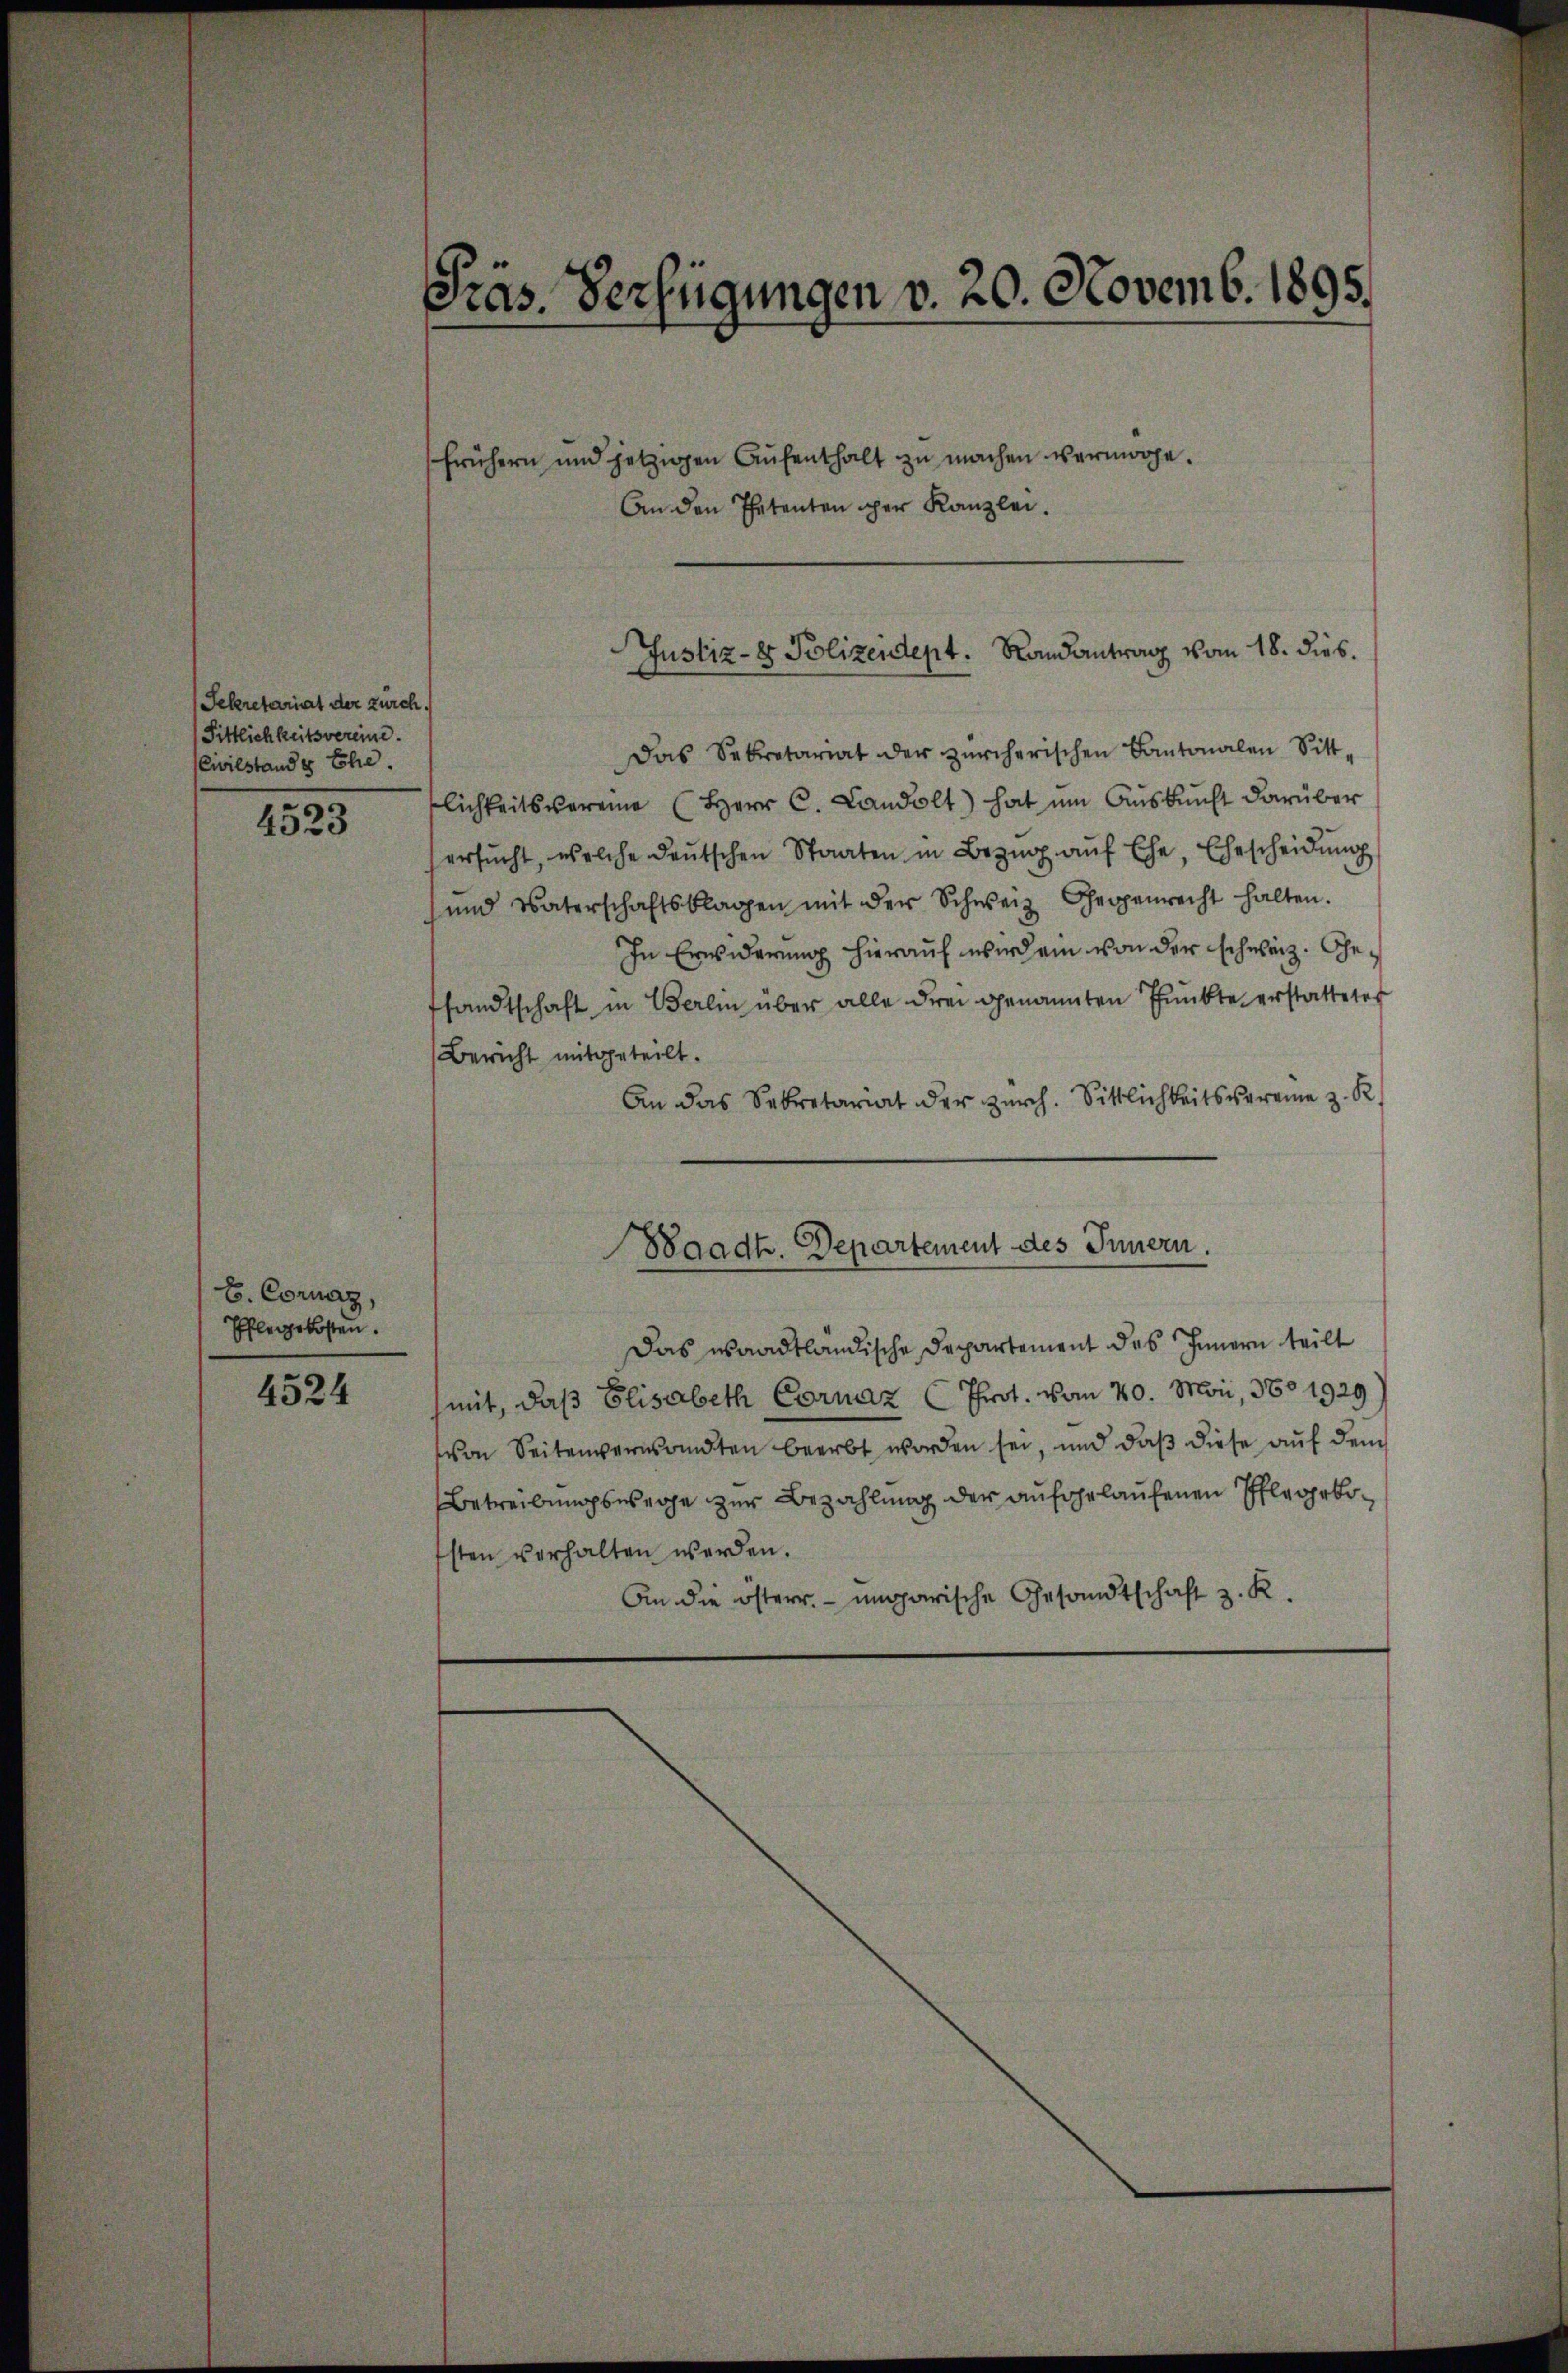
Sekretariat der zürch.
(Sittlichkeitsvereine.
Civilstande Ehe.

4523

B. Cornaz,
Pflegekosten.

4524

Präs. Verfügungen v. 20. Novemb. 1895.

frühern und jetzigen Aŭfenthalt zŭ machen vermöge.
An den Petenten der Kanzlei.
Das Sekretariat der zürcherischen Kantonalen Sitt-
flichkeitsvereine (Herr C. Landolt) hat um Auskunft darüber
ersŭcht, welche deutschen Staaten in Bezŭg aŭf Ehe, Ehescheidung
und Vaterschaftsklagen mit der Schweiz. Gegenrecht halten.
In Erwiderung hierauf wird ein von der schweiz. Gesandtschaft in Berlin über alle drei genannten Funkte erstattetes
Bericht mitgeteilt.
An das Sekretariat der Zürch. Sittlichkeitsvereie z. R.
Waadt. Departement des Innern.
Das waadtländische Departement des Innern teilt
mit, daß Elisabeth Cornaz (Throt vom 20. Mai, 380 1929
von Seitenverwandten beerbt worden sei, und daß diese auf dem
Betreibungswege zur Bezahlung der aufgelaufenen Pflegekosten verhalten werden.
An die österr. ungarische Gesandtschaft z. R.

Justiz- & Polizeidept. Randantrag vom 18. dies.